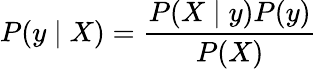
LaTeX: P(y\mid X)=\frac{P(X\mid y)P(y)}{P(X)}